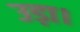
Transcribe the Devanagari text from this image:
उड़ा।